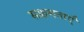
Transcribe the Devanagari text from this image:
सक्षमताएँ